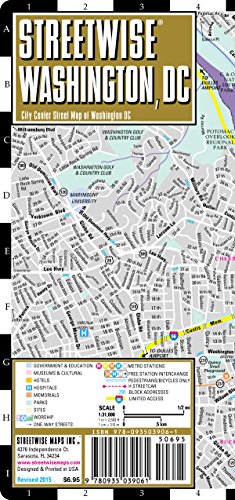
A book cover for Streetwise Washington DC Map - Laminated City Center Street Map of Washington, DC; Streetwise Maps; Reference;